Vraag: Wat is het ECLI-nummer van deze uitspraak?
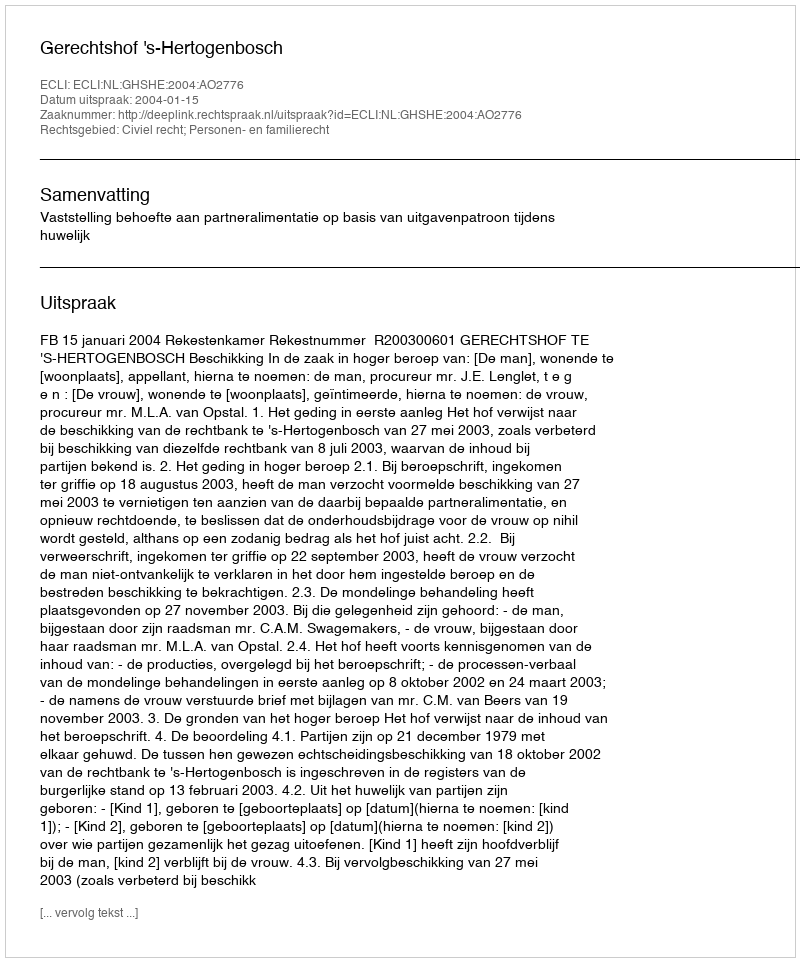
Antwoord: ECLI:NL:GHSHE:2004:AO2776